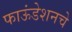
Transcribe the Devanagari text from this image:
फाऊंडेशनचे